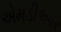
એમડીઆર